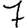
Digit: 7